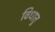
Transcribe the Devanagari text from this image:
विधातु